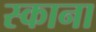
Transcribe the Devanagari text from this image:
स्काना